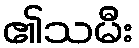
၏သမီး